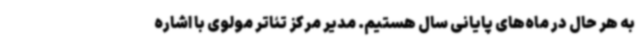
به هر حال در ماه‌های پایانی سال هستیم. مدیر مرکز تئاتر مولوی با اشاره